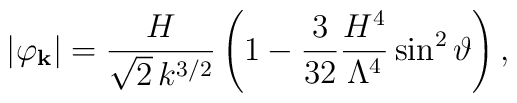
\vert \varphi_{\bf k} \vert = \frac{H}{\sqrt{2} \,k^{3/2}}  \left( 1 - \frac{3}{32} \frac{H^4}{\Lambda^4} \sin^2\vartheta \right) ,